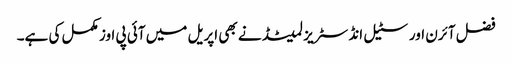
فضل آئرن اور سٹیل انڈسٹریز لمیٹڈ نے بھی اپریل میں آئی پی اوز مکمل کی ہے۔